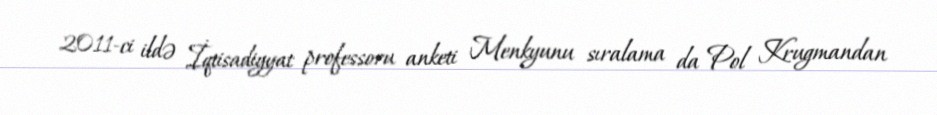
2011-ci ildə İqtisadiyyat professoru anketi Menkyunu sıralama da Pol Krugmandan